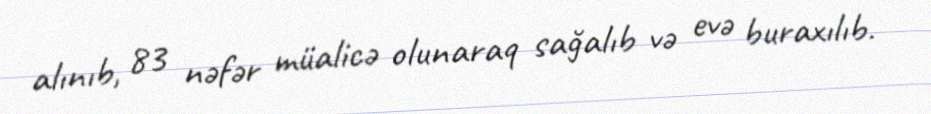
alınıb, 83 nəfər müalicə olunaraq sağalıb və evə buraxılıb.